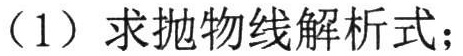
（1）求抛物线解析式；